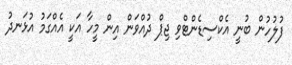
ފުލުހުން ބުނީ އެކްސިޑެންޓްވި ޖިޕް ދުއްވަން އިން މީހާ އަކީ އެއްގަމު އުޅަނދު